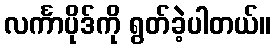
လင်္ကာပိုဒ်ကို ရွတ်ခဲ့ပါတယ်။